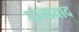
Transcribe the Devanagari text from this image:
घन्यवाद